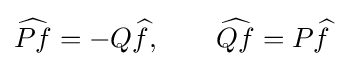
{\widehat {Pf}}=-Q{\widehat {f}},\qquad {\widehat {Qf}}=P{\widehat {f}}